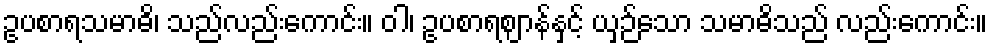
ဥပစာရသမာဓိ၊ သည်လည်းကောင်း။ ဝါ၊ ဥပစာရဈာန်နှင့် ယှဉ်သော သမာဓိသည် လည်းကောင်း။